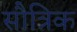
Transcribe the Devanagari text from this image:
सौत्रिक